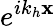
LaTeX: e^{ik_{h}\mathbf{x}}